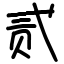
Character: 贰